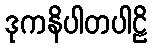
ဒုကနိပါတပါဠိ